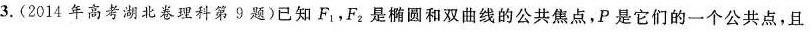
3.(2014年高考湖北卷理科第9题)已知F_{1}，F_{2}是椭圆和双曲线的公共焦点，P是它们的一个公共点，且